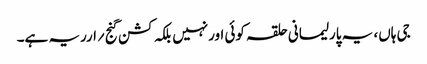
جی ہاں، یہ پارلیمانی حلقہ کوئی اورنہیں بلکہ کشن گنج ؍ارریہ ہے۔